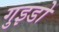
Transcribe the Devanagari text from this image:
गुइडो